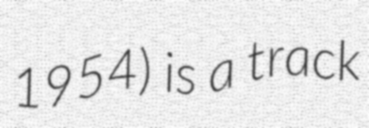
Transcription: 1954) is a track